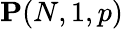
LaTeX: \mathbf{P}(N,1,p)